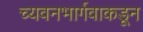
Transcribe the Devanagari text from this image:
च्यवनभार्गवाकडून